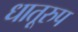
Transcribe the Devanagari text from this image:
धातूरुप